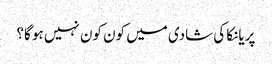
پریانکا کی شادی میں کون کون نہیں ہو گا؟